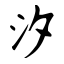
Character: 汐